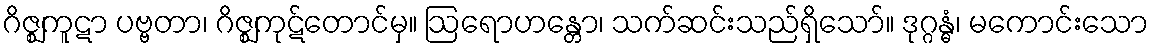
ဂိဇ္ဈကူဋာ ပဗ္ဗတာ၊ ဂိဇ္ဈကုဋ်တောင်မှ။ ဩရောဟန္တော၊ သက်ဆင်းသည်ရှိသော်။ ဒုဂ္ဂန္ဓံ၊ မကောင်းသော